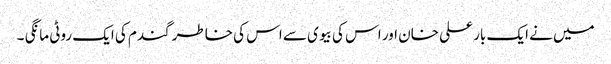
میں نے ایک بار علی خان اور اس کی بیوی سے اس کی خاطر گندم کی ایک روٹی مانگی ۔